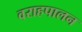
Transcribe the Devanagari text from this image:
वराहपालन